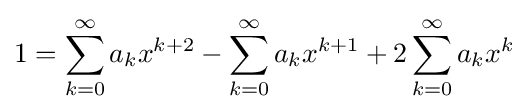
1=\sum _{k=0}^{\infty }a_{k}x^{k+2}-\sum _{k=0}^{\infty }a_{k}x^{k+1}+2\sum _{k=0}^{\infty }a_{k}x^{k}